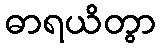
ဓာရယိတွာ